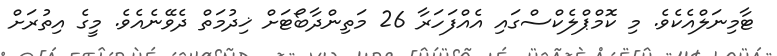
ޓާމިނަލްއެކެވެ. މި ކޮމްޕްލެކްސްގައި އެއްފަހަރާ 26 މަތިންދާބޯޓަށް ޚިދުމަތް ދެވޭނެއެވެ. މީގެ އިތުރަށް